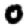
Digit: 0